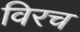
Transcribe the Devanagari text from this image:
विरच